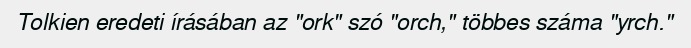
Tolkien eredeti írásában az "ork" szó "orch," többes száma "yrch."